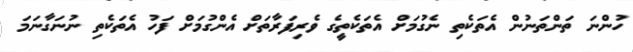
ހުންނަ ތަންތަނުން އެތަކެތި ނެގުމަށް އެތަކެތީގެ ވެރިފަރާތަށް އެންގުމަށް ފަހު އެތަކެތި ނުނަގާނަމަ